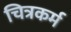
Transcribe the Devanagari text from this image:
चित्रकर्म